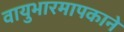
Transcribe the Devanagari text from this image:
वायुभारमापकाने